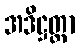
အဒိဋ္ဌတ္တာ